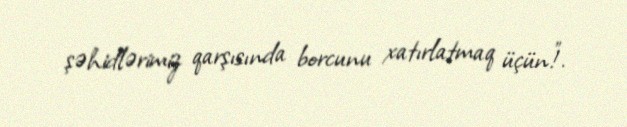
şəhidlərimiz qarşısında borcunu xatırlatmaq üçün!”.